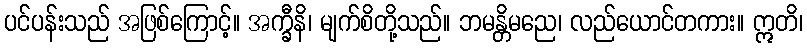
ပင်ပန်းသည် အဖြစ်ကြောင့်။ အက္ခီနိ၊ မျက်စိတို့သည်။ ဘမန္တိမညေ၊ လည်ယောင်တကား။ ဣတိ၊